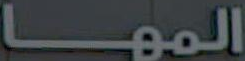
المها